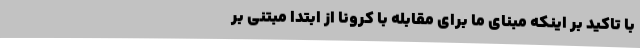
با تاکید بر اینکه مبنای ما برای مقابله با کرونا از ابتدا مبتنی بر